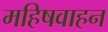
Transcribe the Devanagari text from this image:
महिषवाहन